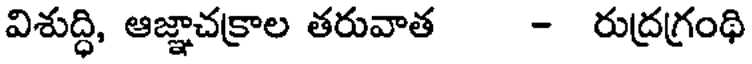
విశుద్ధి, ఆజ్ఞాచక్రాల తరువాత - రుద్రగ్రంథి